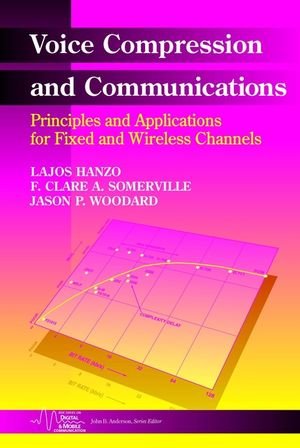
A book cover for Voice Compression and Communications: Principles and Applications for Fixed and Wireless Channels; Lajos L. Hanzo; Computers & Technology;